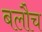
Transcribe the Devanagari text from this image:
बलौच